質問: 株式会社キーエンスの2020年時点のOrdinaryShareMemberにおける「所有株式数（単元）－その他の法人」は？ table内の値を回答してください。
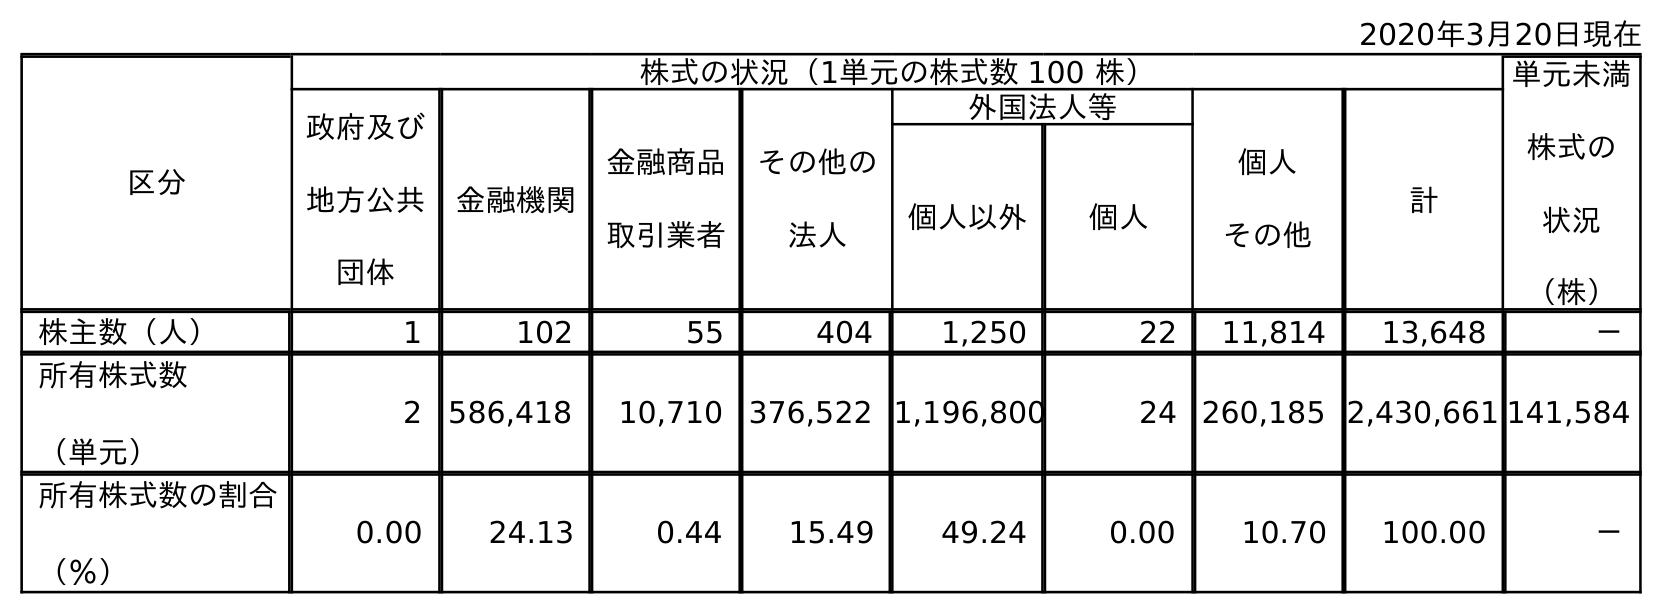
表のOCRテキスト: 2020年3月20日現在 区分 株式の状況（1単元の株式数 100 株） 単元未満 株式の 状況 （株） 政府及び 地方公共 団体 金融機関 金融商品 取引業者 その他の 法人 外国法人等 個人 その他 計 個人以外 個人 株主数（人） 1 102 55 404 1,250 22 11,814 13,648 － 所有株式数 （単元） 2 586,418 10,710 376,522 1,196,800 24 260,185 2,430,661 141,584 所有株式数の割合 （％） 0.00 24.13 0.44 15.49 49.24 0.00 10.70 100.00 －
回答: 376,522